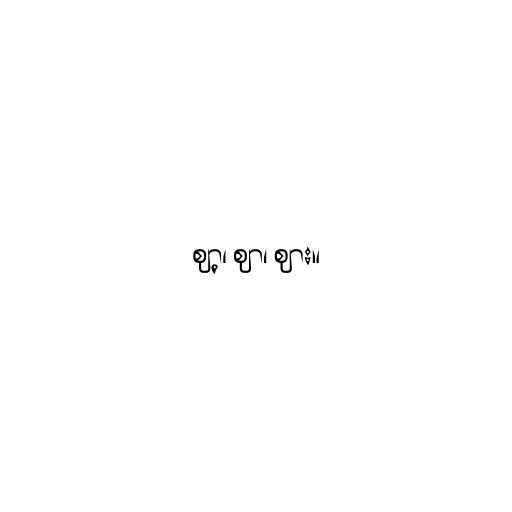
ဈာ့၊ ဈာ၊ ဈား။